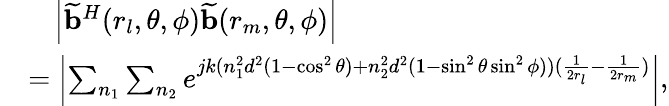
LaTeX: \begin{array}{rl}&{~~~\left|{\widetilde{\mathbf{b}}}^{H}(r_{l},\theta,\phi){\widetilde{\mathbf{b}}}(r_{m},\theta,\phi)\right|}\\ &{=\left|\sum_{n_{1}}\sum_{n_{2}}e^{jk(n_{1}^{2}d^{2}(1-\cos^{2}\theta)+n_{2}^{2}d^{2}(1-\sin^{2}\theta\sin^{2}\phi))(\frac{1}{2r_{l}}-\frac{1}{2r_{m}})}\right|,}\end{array}